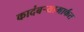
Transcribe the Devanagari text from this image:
कादंबऱ्यामार्फत